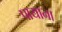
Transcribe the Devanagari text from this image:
पायाना